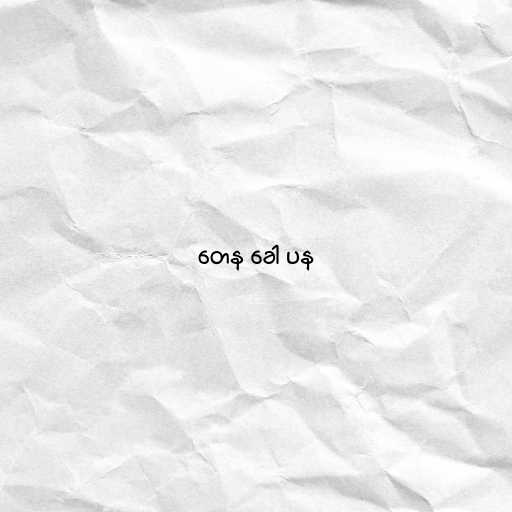
တေန ခေါ ပန